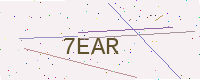
Text: 7EAR